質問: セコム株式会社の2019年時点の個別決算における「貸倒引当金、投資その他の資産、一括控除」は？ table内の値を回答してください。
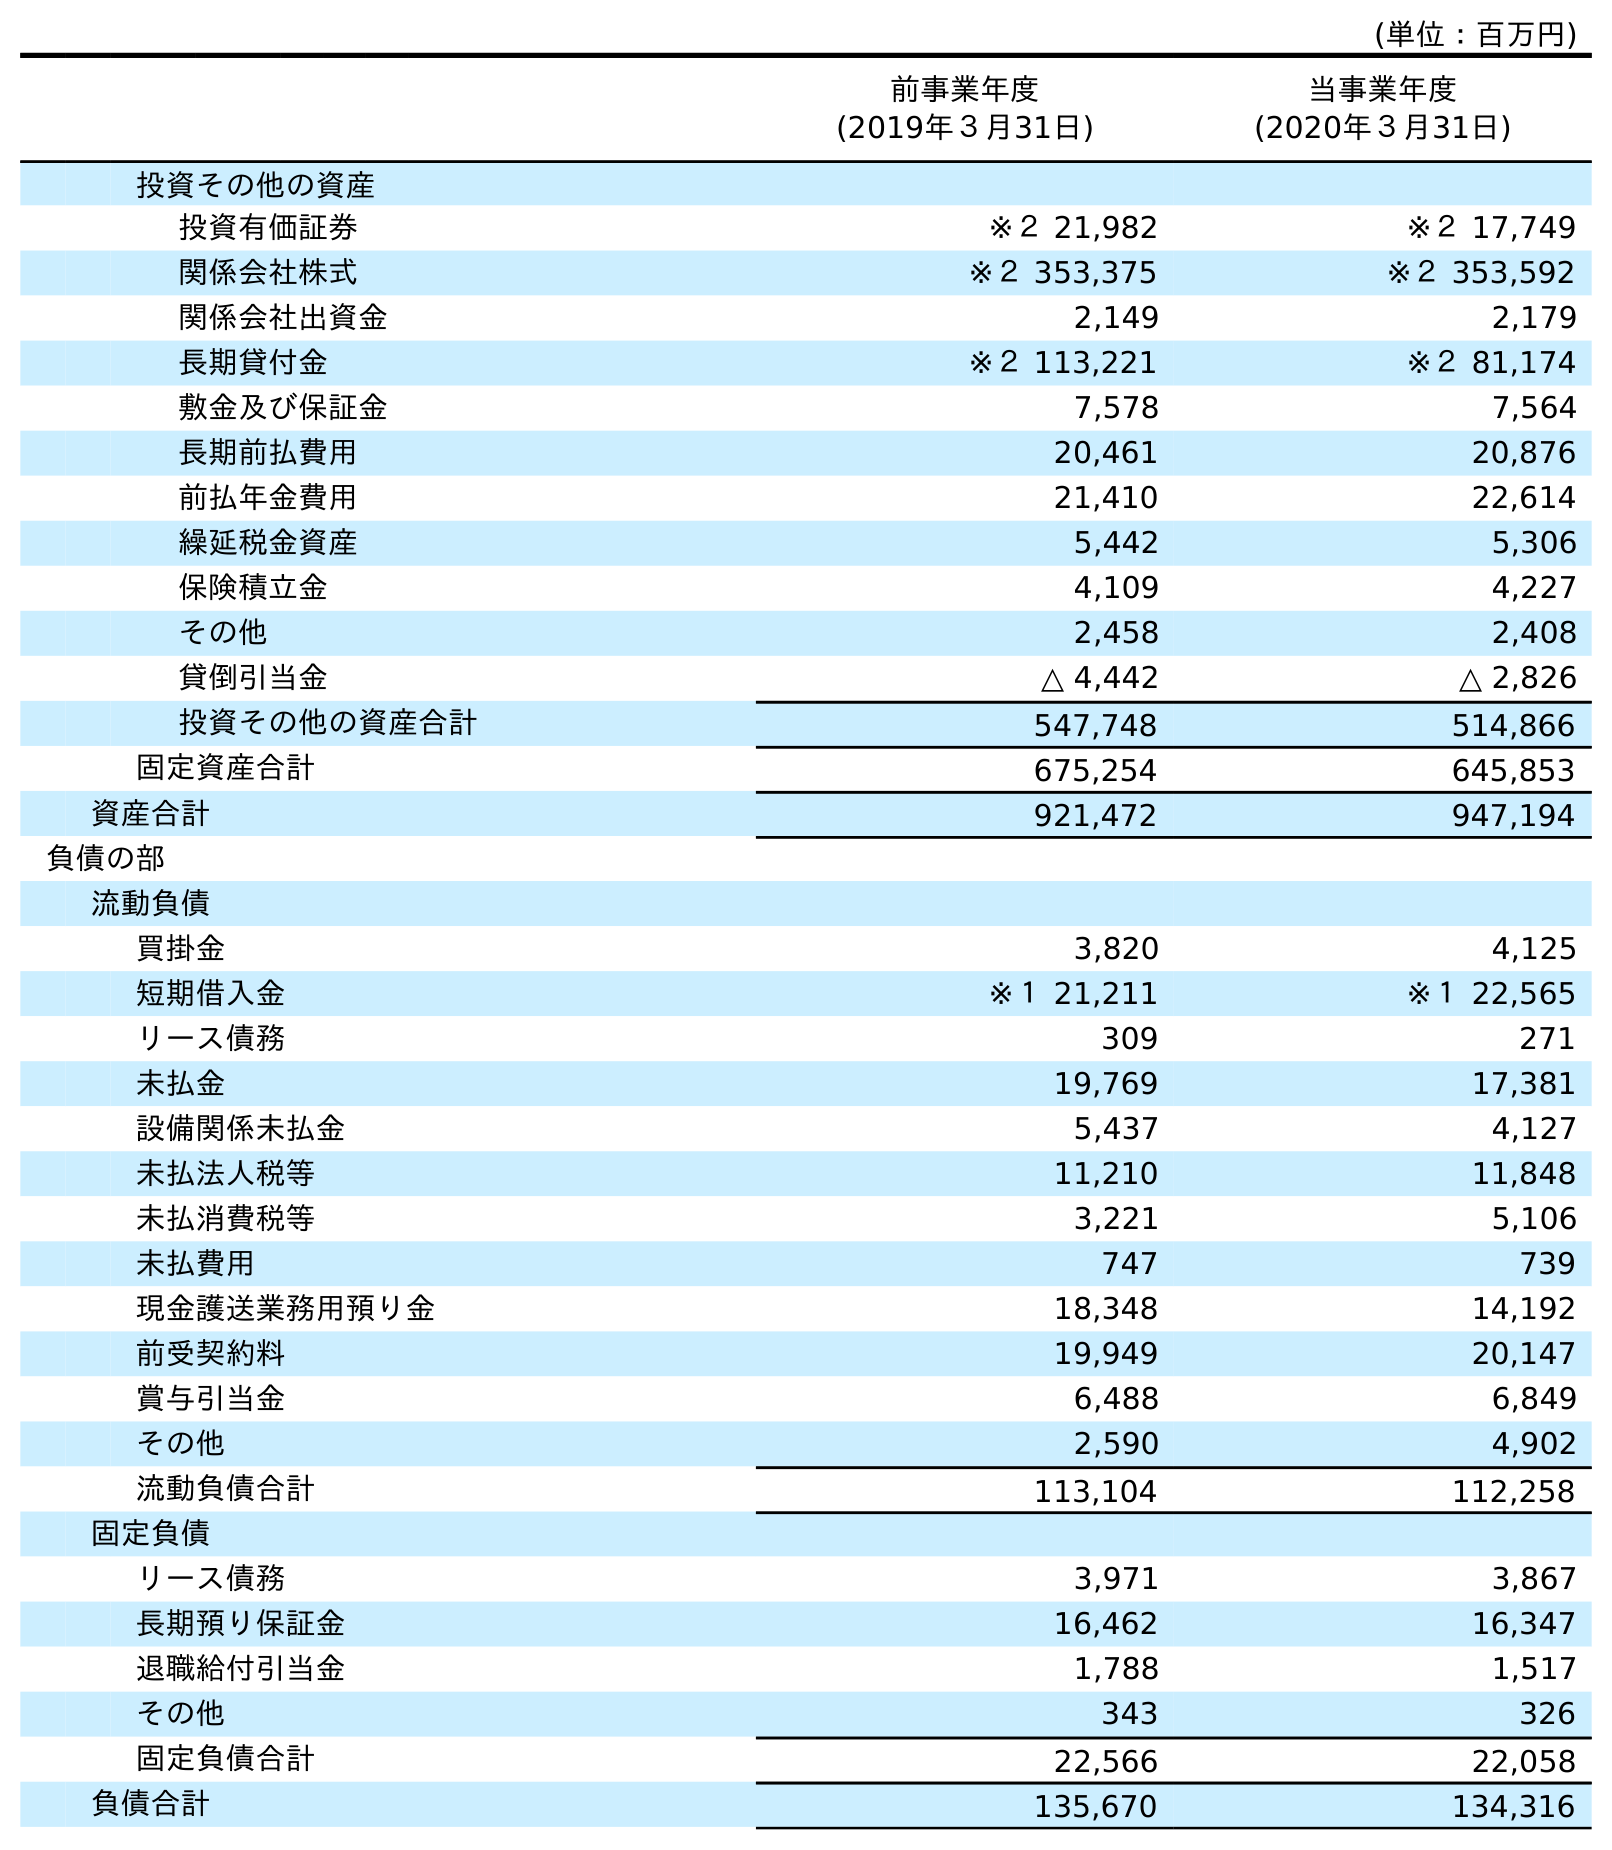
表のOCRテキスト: (単位：百万円) 前事業年度 (2019年３月31日) 当事業年度 (2020年３月31日) 投資その他の資産 投資有価証券 ※２ 21,982 ※２ 17,749 関係会社株式 ※２ 353,375 ※２ 353,592 関係会社出資金 2,149 2,179 長期貸付金 ※２ 113,221 ※２ 81,174 敷金及び保証金 7,578 7,564 長期前払費用 20,461 20,876 前払年金費用 21,410 22,614 繰延税金資産 5,442 5,306 保険積立金 4,109 4,227 その他 2,458 2,408 貸倒引当金 △ 4,442 △ 2,826 投資その他の資産合計 547,748 514,866 固定資産合計 675,254 645,853 資産合計 921,472 947,194 負債の部 流動負債 買掛金 3,820 4,125 短期借入金 ※１ 21,211 ※１ 22,565 リース債務 309 271 未払金 19,769 17,381 設備関係未払金 5,437 4,127 未払法人税等 11,210 11,848 未払消費税等 3,221 5,106 未払費用 747 739 現金護送業務用預り金 18,348 14,192 前受契約料 19,949 20,147 賞与引当金 6,488 6,849 その他 2,590 4,902 流動負債合計 113,104 112,258 固定負債 リース債務 3,971 3,867 長期預り保証金 16,462 16,347 退職給付引当金 1,788 1,517 その他 343 326 固定負債合計 22,566 22,058 負債合計 135,670 134,316
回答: △4,442